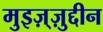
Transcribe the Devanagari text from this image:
मुइज़्ज़ुद्दीन